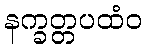
နက္ခတ္တပထံဝ